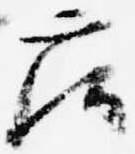
庄